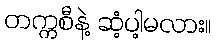
တက္ကစီနဲ့ ဆံ့ပါ့မလား။